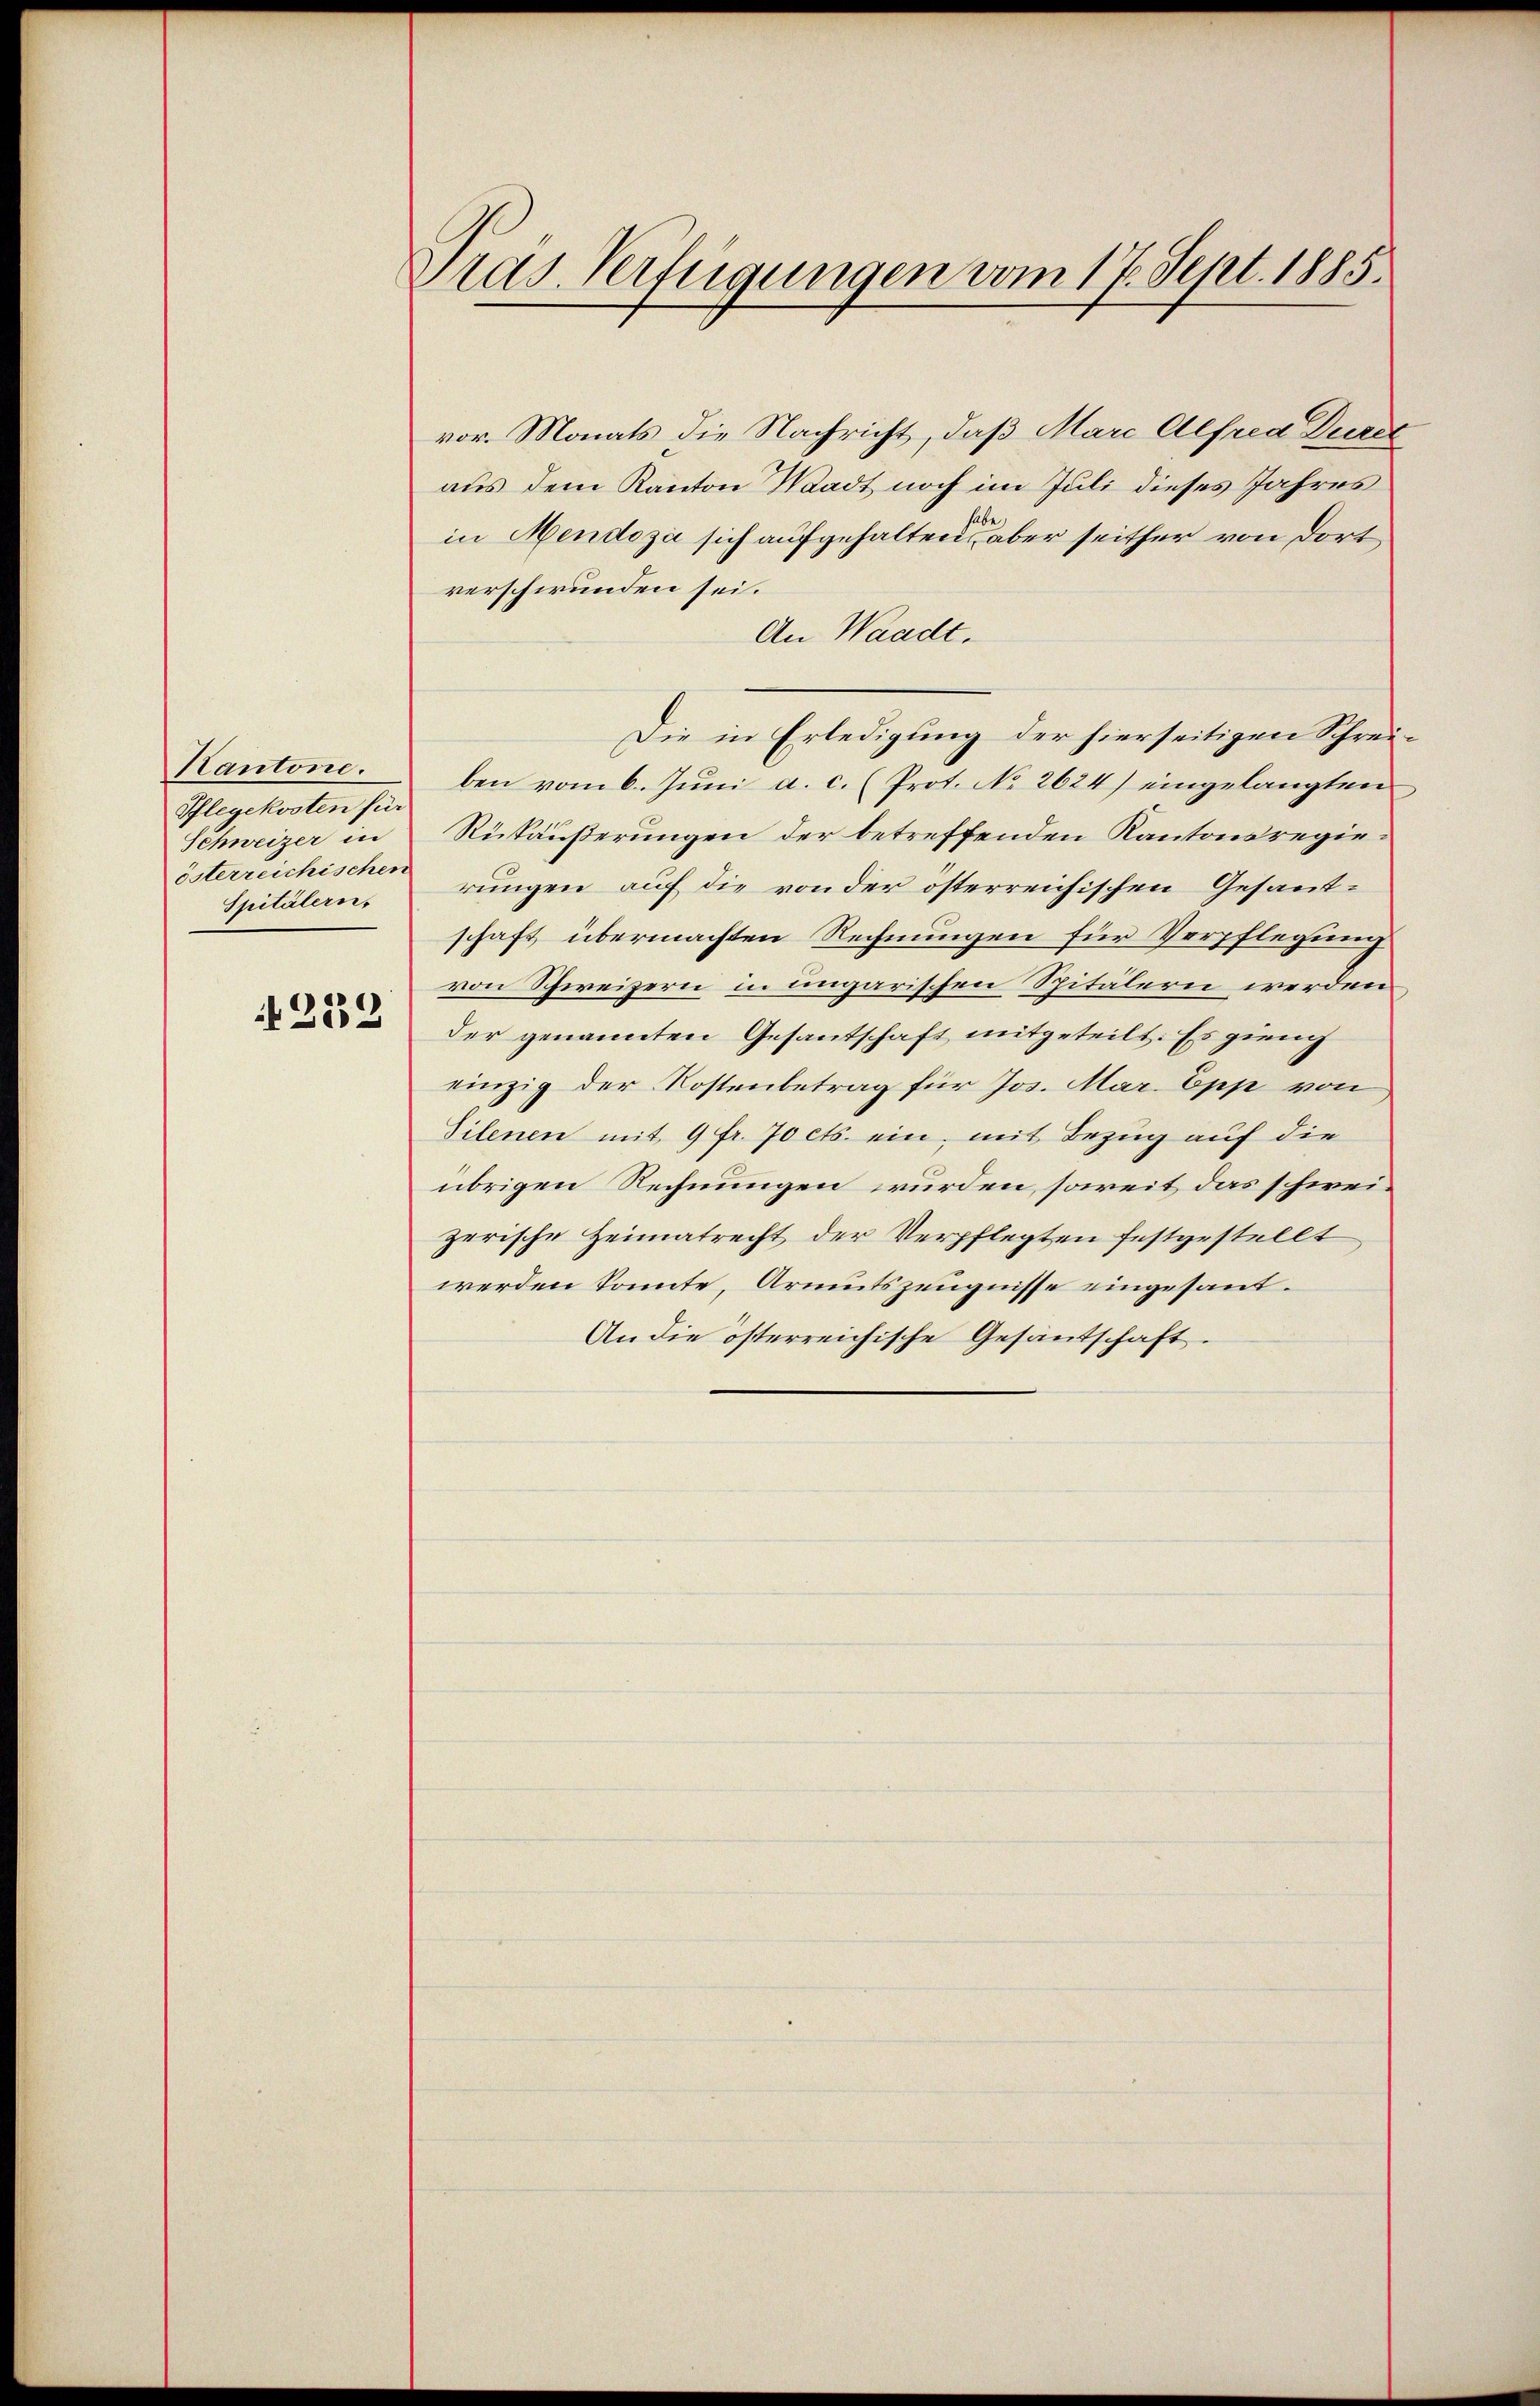
Kantone.
Pflegekosten für
Schweizer in
österreichischen
Spitälern.

N 222

Pras. Verfügungen vom 17. Sept. 1885.

vor. Monats die Nachricht, daß Marc Alfred Durc
aus dem Kanton Waadt noch im Juli dieses Jahres
in Mendoza sich aufgehalten, es aber seither von dort
verschwunden sei.
An Waadt.
Die in Erledigung der hierseitigen Schreiben vom 6. Juni a. c. (Prot. No 2624) eingelangten
Rükäußerungen der betreffenden Kantonsregierungen auf die von der österreichischen Gesandschaft übermachten Rechnungen für Verpflegung
von Schweizern in ungarischen Spitälern werden
der genannten Gesandschaft mitgeteilt. Es gieng
einzig der Kostenbetrag für Jos. Mar Epp von
Silenen mit 9 fr. 70 cts. ein, mit Bezug auf die
übrigen Rechnungen wurden, soweit das schweizerische Heimatrecht der Verpflegten festgestellt
werden konnte, Armutszeugnisse eingesand¬
An die österreichische Gesandschaft.